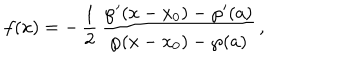
LaTeX: f ( x ) = - \, \frac { 1 } { 2 } \, { \frac { \wp ^ { \prime } ( x - x _ { 0 } ) - \wp ^ { \prime } ( a ) } { \wp ( x - x _ { 0 } ) - \wp ( a ) } } \, ,